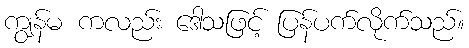
ကျွန်မ ကလည်း ဒေါသဖြင့် ပြန်ပက်လိုက်သည်။